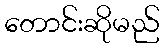
တောင်းဆိုမည်